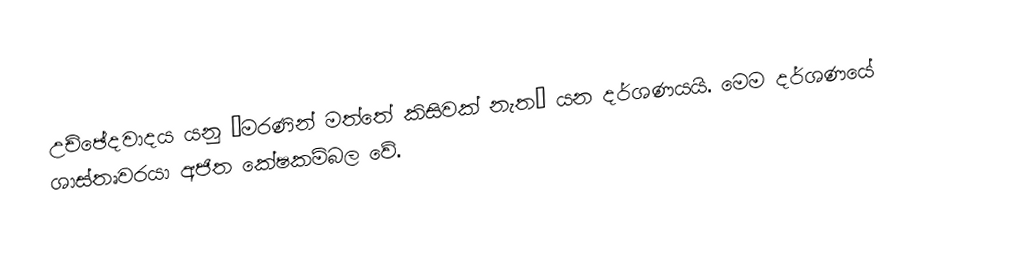
උච්ඡේදවාදය යනු ‘මරණින් මත්තේ කිසිවක් නැත’ යන දර්ශණයයි. මෙම දර්ශණයේ ශාස්තෘවරයා අජිත කේෂකම්බල වේ.